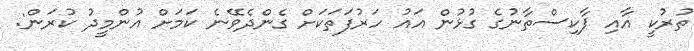
ތުރުކީ އާއި ޕާކިސްތާނުގެ ގުޅުން އައު ހަރުފަތަކަށް ގެންދެވޭނެ ކަމަށް އުންމީދު ކުރަން: